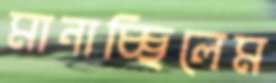
মানাচ্ছিলেম